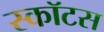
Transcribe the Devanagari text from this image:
स्कॉटस